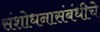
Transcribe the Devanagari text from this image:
संशोधनासंबंधीचे